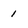
Character: 1